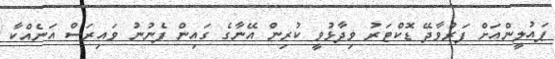
ޕައުލީންއަށް ފަރުވާދޭ ޑޮކްޓަރު ވިދާޅުވީ ކުރިން އޭނާގެ ގައިން ފެނުނު ވައިރަސް އަނެއްކާ